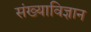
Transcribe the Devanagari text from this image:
संख्याविज्ञान